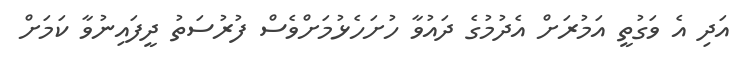
އަދި އެ ވަގުތީ އަމުރަށް އެދުމުގެ ދައުވާ ހުށަހެޅުމަށްވެސް ފުރުސަތު ދީފައިނުވާ ކަމަށް